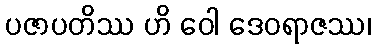
ပဇာပတိဿ ဟိ ဝေါ ဒေဝရာဇဿ၊